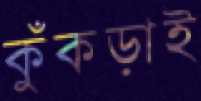
কুঁকড়াই